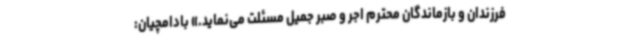
فرزندان و بازماندگان محترم اجر و صبر جمیل مسئلت می‌نماید.» بادامچیان: